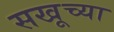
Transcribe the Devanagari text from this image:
सखूच्या